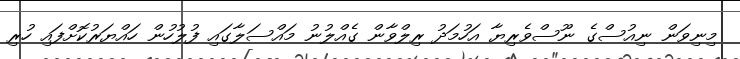
މިނިވަން ނިއުސްގެ ނޫސްވެރިޔާ އަހުމަދު ރިލްވާން ގެއްލުނު މައްސަލާގައި ފުލުހުން ހައްޔަރުކޮށްފައި ހުރި